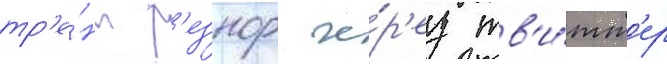
тр'е́нт р'езнор че́р'ез тв'и́тт'ер